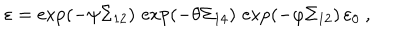
LaTeX: \varepsilon = \exp ( - \psi \Sigma _ { 1 2 } ) \, \exp ( - \theta \Sigma _ { 1 4 } ) \, \exp ( - \varphi \Sigma _ { 1 2 } ) \, \varepsilon _ { 0 } ~ ,